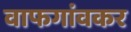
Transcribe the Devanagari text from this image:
वाफगांवकर